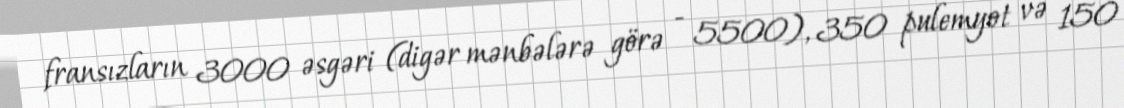
fransızların 3000 əsgəri (digər mənbələrə görə - 5500), 350 pulemyot və 150